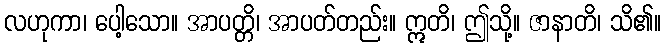
လဟုကာ၊ ပေါ့သော။ အာပတ္တိ၊ အာပတ်တည်း။ ဣတိ၊ ဤသို့။ ဇာနာတိ၊ သိ၏။